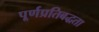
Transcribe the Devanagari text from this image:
पूर्णप्रतिबद्धता